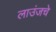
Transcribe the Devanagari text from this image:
लाउंजचे